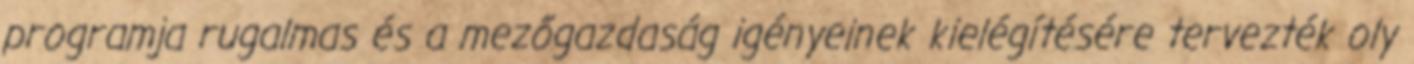
programja rugalmas és a mezőgazdaság igényeinek kielégítésére tervezték oly